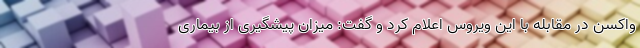
واکسن در مقابله با این ویروس اعلام کرد و گفت: میزان پیشگیری از بیماری